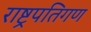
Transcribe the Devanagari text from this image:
राष्ट्रपतिगण